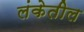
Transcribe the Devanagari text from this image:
लंकेतील